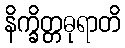
နိက္ခိတ္တဓုရာတိ